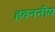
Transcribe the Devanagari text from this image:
हवननीय